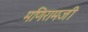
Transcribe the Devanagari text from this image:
मणिरामजी